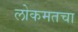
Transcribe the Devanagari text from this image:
लोकमतचा